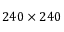
2 4 0 \times 2 4 0